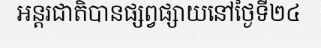
អន្តរជាតិបានផ្សព្វផ្សាយនៅថ្ងៃទី២៤